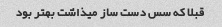
قبلا که سس دست ساز میذاشت بهتر بود